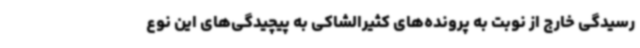
رسیدگی خارج از نوبت به پرونده‌های کثیرالشاکی به پیچیدگی‌های این نوع